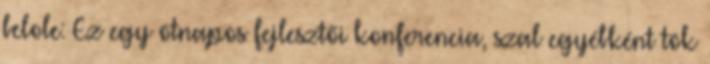
belole: Ez egy ötnapos fejlesztői konferencia, szal egyébként tök